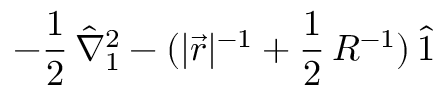
- \frac { 1 } { 2 } \, \hat { \nabla } _ { 1 } ^ { 2 } - ( | \vec { r } | ^ { - 1 } + \frac { 1 } { 2 } \, R ^ { - 1 } ) \, \hat { 1 }